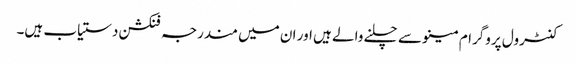
کنٹرول پروگرام مینو سے چلنے والے ہیں اور ان میں مندرجہ فنکشن دستیاب ہیں۔